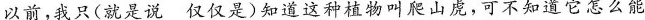
以前，我\underset{·}{只}(就是说 仅仅是)知道这种植物叫爬山虎，可不知道它怎么能